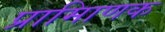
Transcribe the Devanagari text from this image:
प्रामािणक